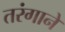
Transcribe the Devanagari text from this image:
तरंगाने